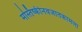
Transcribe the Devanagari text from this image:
मस्तिष्कीनवजातकामला